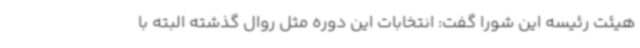
هیئت رئیسه این شورا گفت: انتخابات این دوره مثل روال گذشته البته با